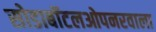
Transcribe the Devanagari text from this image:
सोडाबॉटलओपनरवाला